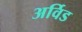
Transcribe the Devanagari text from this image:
अर्विड